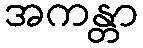
အကန္တာ